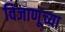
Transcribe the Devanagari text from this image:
विजाणूंच्या